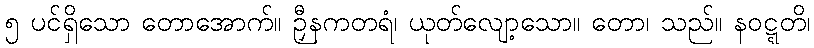
၅ ပင်ရှိသော တောအောက်။ ဉှီနကတရံ၊ ယုတ်လျော့သော။ တော၊ သည်။ နဝဋ္ဋတိ၊